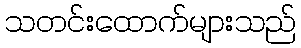
သတင်းထောက်များသည်